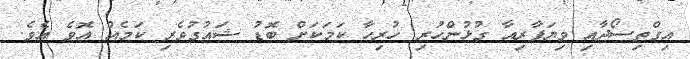
އިގްތިސޯދާއި ވިޔަފާރިއާ ގުޅުންހުރި ހުރިހާ ކަމަކަށް ބޮޑު ޝައުގުވެރި ކަމެއް އޮވެ އެވެ.